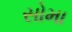
સોમા